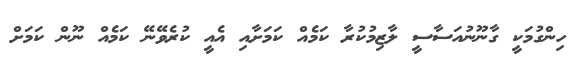
ހިންގުމަކީ ގާނޫނުއަސާސީ ލާޒިމުކުރާ ކަމެއް ކަަމަށާއި އެއީ ކުރެވޭނޭ ކަމެއް ނޫން ކަމަށް